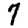
Digit: 7